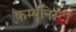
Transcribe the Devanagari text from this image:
कम्यूनिस्टों